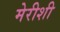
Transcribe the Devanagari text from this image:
मेरीशी